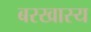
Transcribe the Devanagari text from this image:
बरखास्य